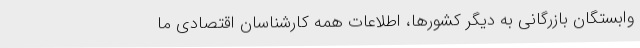
وابستگان بازرگانی به دیگر کشورها، اطلاعات همه کارشناسان اقتصادی ما